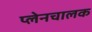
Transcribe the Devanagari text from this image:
प्लेनचालक